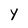
Character: y